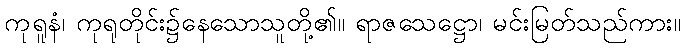
ကုရူနံ၊ ကုရုတိုင်း၌နေသောသူတို့၏။ ရာဇသေဋ္ဌော၊ မင်းမြတ်သည်ကား။